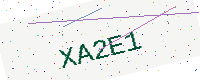
Text: XA2E1